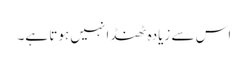
اس سے زیادہ ٹھنڈا نہیں ہوتا ہے۔